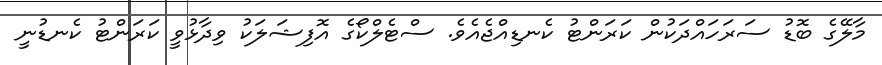
މާލޭގެ ބޮޑު ސަރަހައްދަކުން ކަރަންޓު ކެނޑިއްޖެއެވެ. ސްޓެލްކޯގެ އޮފިޝަލަކު ވިދާޅުވީ ކަރަންޓު ކެނޑުނީ